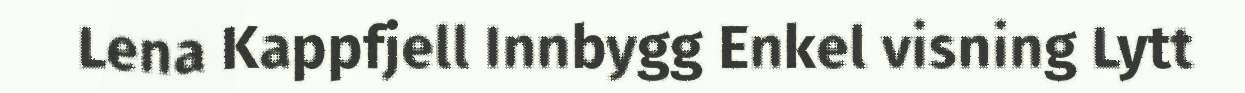
Lena Kappfjell Innbygg Enkel visning Lytt